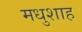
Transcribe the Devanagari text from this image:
मधुशाह